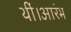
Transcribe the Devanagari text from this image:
थीं।आरंभ